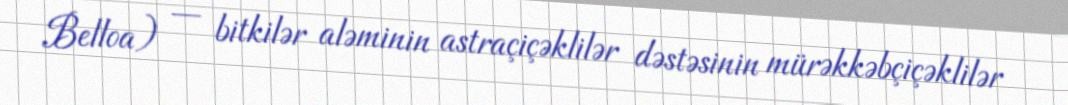
Belloa) — bitkilər aləminin astraçiçəklilər dəstəsinin mürəkkəbçiçəklilər